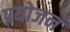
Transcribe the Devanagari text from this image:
प्रयोजनं